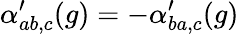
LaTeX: \alpha_{ab,c}^{\prime}(g)=-\alpha_{ba,c}^{\prime}(g)